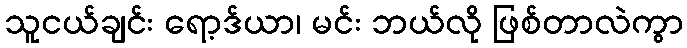
သူငယ်ချင်း ရော့ဒ်ယာ၊ မင်း ဘယ်လို ဖြစ်တာလဲကွာ